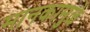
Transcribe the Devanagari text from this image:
मानकामुळे